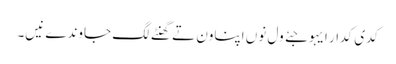
کدی کدار ایہو جئے ول نوں اپناون تے گھنٹے لگ جاوندے نیں۔